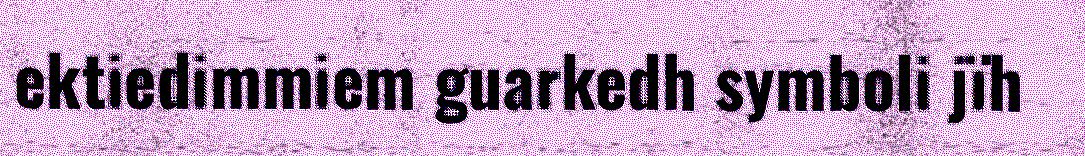
ektiedimmiem guarkedh symboli jïh